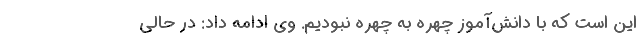
این است که با دانش‌آموز چهره به چهره نبودیم. وی ادامه داد: در حالی